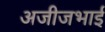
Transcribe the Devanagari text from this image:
अजीजभाई